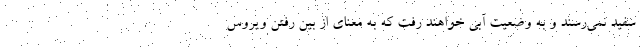
سفید نمی‌رسند و به وضعیت آبی خواهند رفت که به معنای از بین رفتن ویروس